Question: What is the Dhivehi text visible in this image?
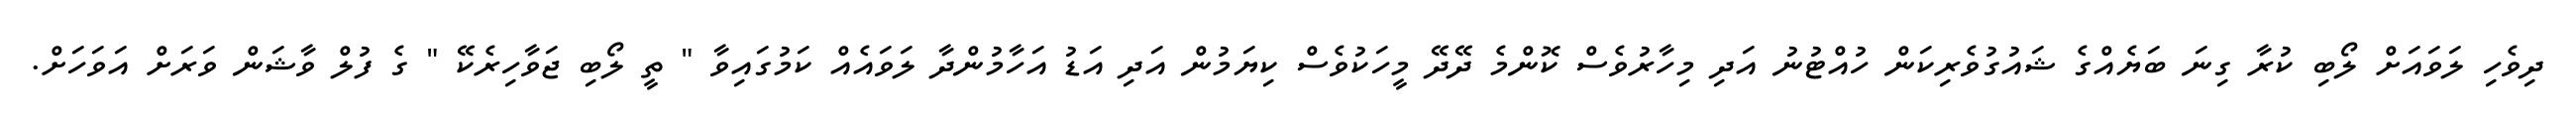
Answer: ދިވެހި ލަވައަށް ލޯބި ކުރާ ގިނަ ބަޔެއްގެ ޝައުގުވެރިކަން ހުއްޓުނު އަދި މިހާރުވެސް ކޮންމެ ދޭދޭ މީހަކުވެސް ކިޔަމުން އަދި އަޑު އަހާމުންދާ ލަވައެއް ކަމުގައިވާ " ތީ ލޯބި ޖަވާހިރެކޭ " ގެ ފުލް ވާޝަން ވަރަށް އަވަހަށް.